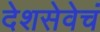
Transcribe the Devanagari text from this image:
देशसेवेचं